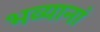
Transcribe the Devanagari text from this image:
भव्यानां